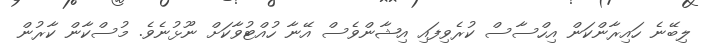
ލިބޭނެ ހައިރާންކަން އިހްސާސް ކުރެވިފައި އިޝާންވެސް އޭނާ ހުއްޓުވާކަށް ނޫޅުނެވެ. މުސްކާން ކާރުން